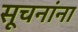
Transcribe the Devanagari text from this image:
सूचनांना